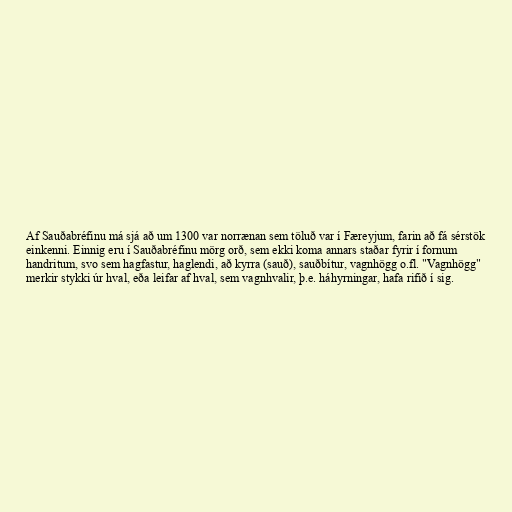
Af Sauðabréfinu má sjá að um 1300 var norrænan sem töluð var í Færeyjum, farin að fá sérstök
einkenni. Einnig eru í Sauðabréfinu mörg orð, sem ekki koma annars staðar fyrir í fornum
handritum, svo sem hagfastur, haglendi, að kyrra (sauð), sauðbítur, vagnhögg o.fl. "Vagnhögg"
merkir stykki úr hval, eða leifar af hval, sem vagnhvalir, þ.e. háhyrningar, hafa rifið í sig.